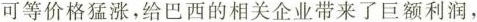
可等价格猛涨，给巴西的相关企业带来了巨额利润，